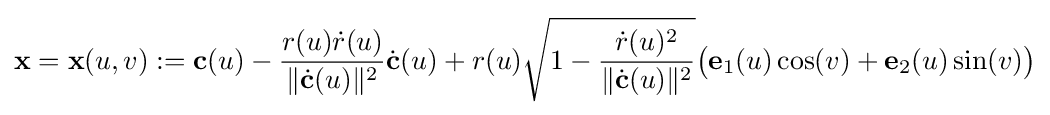
{\mathbf {x} }={\mathbf {x} }(u,v):={\mathbf {c} }(u)-{\frac {r(u){\dot {r}}(u)}{\|{\dot {\mathbf {c} }}(u)\|^{2}}}{\dot {\mathbf {c} }}(u)+r(u){\sqrt {1-{\frac {{\dot {r}}(u)^{2}}{\|{\dot {\mathbf {c} }}(u)\|^{2}}}}}{\big (}{\mathbf {e} }_{1}(u)\cos(v)+{\mathbf {e} }_{2}(u)\sin(v){\big )}